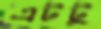
এটটু